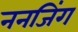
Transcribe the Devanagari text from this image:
ननजिंग